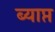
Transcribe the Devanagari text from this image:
ब्याप्त